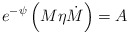
\begin{align*}e^{-\psi} \left( M\eta \dot{M} \right) =A\end{align*}